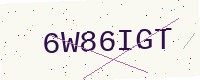
Text: 6W86IGT